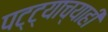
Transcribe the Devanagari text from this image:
पट्ट्याच्याही